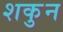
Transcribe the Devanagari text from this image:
शकुुन